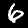
Digit: 6